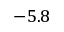
- 5 . 8